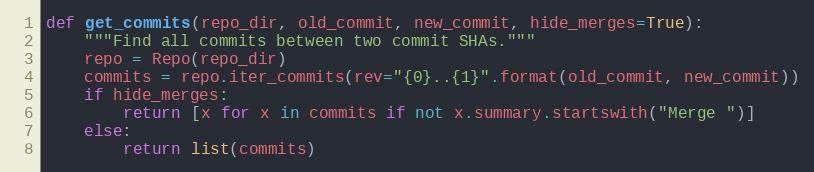
Language: Python
def get_commits(repo_dir, old_commit, new_commit, hide_merges=True):
    """Find all commits between two commit SHAs."""
    repo = Repo(repo_dir)
    commits = repo.iter_commits(rev="{0}..{1}".format(old_commit, new_commit))
    if hide_merges:
        return [x for x in commits if not x.summary.startswith("Merge ")]
    else:
        return list(commits)